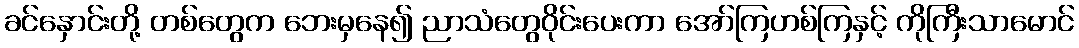
ခင်နှောင်းတို့ တစ်တွေက ဘေးမှနေ၍ ညာသံတွေဝိုင်းပေးကာ အော်ကြဟစ်ကြနှင့် ကိုကြီးသာမောင်